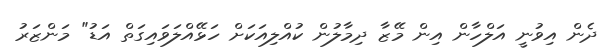
ދެން އިވުނީ އަލްހާން އިން މޭޒާ ދިމާލުން ކުއްލިއަކަށް ހަޅޭއްލަވައިގަތް އަޑު" މަންޒަރު